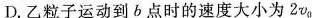
D.乙粒子运动到b点时的速度大小为2v_{0}